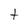
Character: t